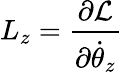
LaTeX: L_{z}={\frac{\partial{\cal{L}}}{\partial{\dot{\theta}}_{z}}}